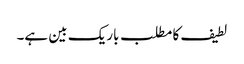
لطیف کا مطلب باریک بین ہے۔